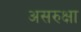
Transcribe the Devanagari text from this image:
असरुक्षा